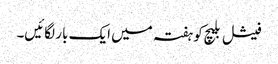
فیشل بلیچ کو ہفتہ میں ایک بار لگائیں۔